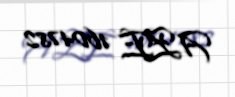
AZE 1604782